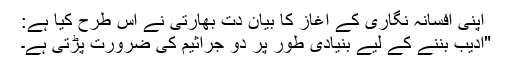
اپنی افسانہ نگاری کے آغاز کا بیان دت بھارتی نے اس طرح کیا ہے:
"ادیب بننے کے لیے بنیادی طور پر دو جراثیم کی ضرورت پڑتی ہے۔